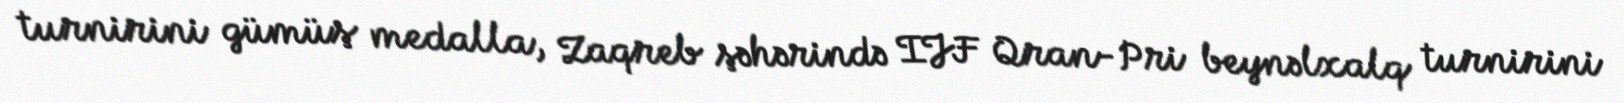
turnirini gümüş medalla, Zaqreb şəhərində IJF Qran-Pri beynəlxalq turnirini